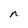
Character: n